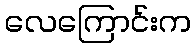
လေကြောင်းက